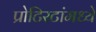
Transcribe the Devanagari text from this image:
प्रोटिस्टांमध्ये